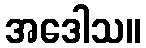
အဒေါသ။